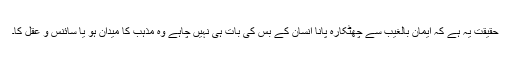
حقیقت یہ ہے کہ ایمان بالغیب سے چھٹکارہ پانا انسان کے بس کی بات ہی نہیں چاہے وہ مذہب کا میدان ہو یا سائنس و عقل کا۔